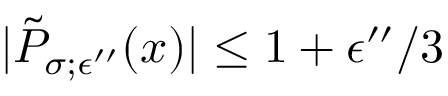
| \tilde { P } _ { \sigma ; \epsilon ^ { \prime \prime } } ( x ) | \le 1 + \epsilon ^ { \prime \prime } / 3